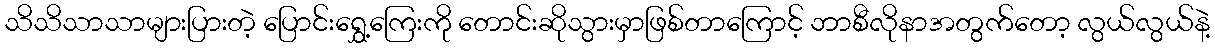
သိသိသာသာများပြားတဲ့ ပြောင်းရွှေ့ကြေးကို တောင်းဆိုသွားမှာဖြစ်တာကြောင့် ဘာစီလိုနာအတွက်တော့ လွယ်လွယ်နဲ့